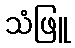
သံဖြူ